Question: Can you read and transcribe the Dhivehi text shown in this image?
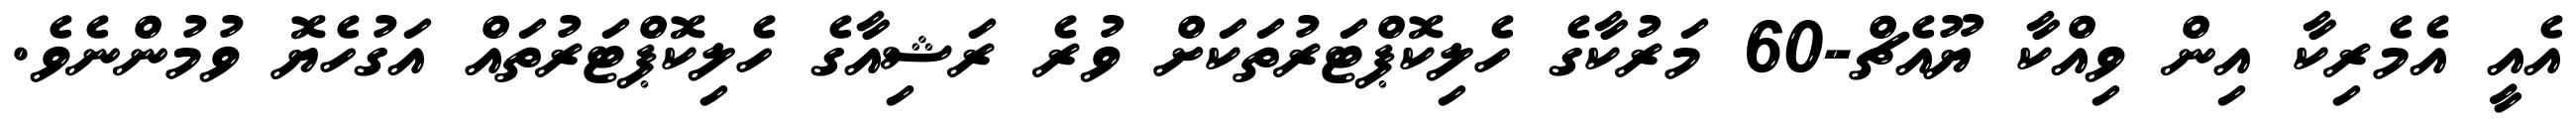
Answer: އެއީ އެމެރިކާ އިން ވިއްކާ ޔޫއެޗް-60 މަރުކާގެ ހެލިކޮޕްޓަރުތަކަށް ވުރެ ރަޝިއާގެ ހެލިކޮޕްޓަރުތައް އަގުހެޔޮ ވުމުންނެވެ.